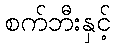
စက်ဘီးနှင့်